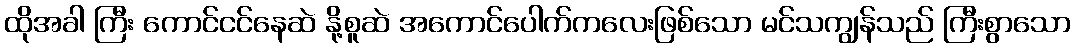
ထိုအခါ ကြီး ကောင်ငင်နေဆဲ နို့စူဆဲ အကောင်ပေါက်ကလေးဖြစ်သော မင်သကျွန်သည် ကြီးစွာသော